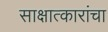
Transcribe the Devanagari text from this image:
साक्षात्कारांचा